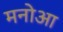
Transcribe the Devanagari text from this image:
मनोआ